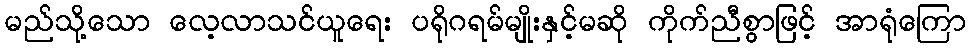
မည်သို့သော လေ့လာသင်ယူရေး ပရိုဂရမ်မျိုးနှင့်မဆို ကိုက်ညီစွာဖြင့် အာရုံကြော